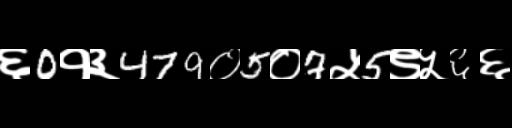
Text: ६0१३479०5०7५5९५६६